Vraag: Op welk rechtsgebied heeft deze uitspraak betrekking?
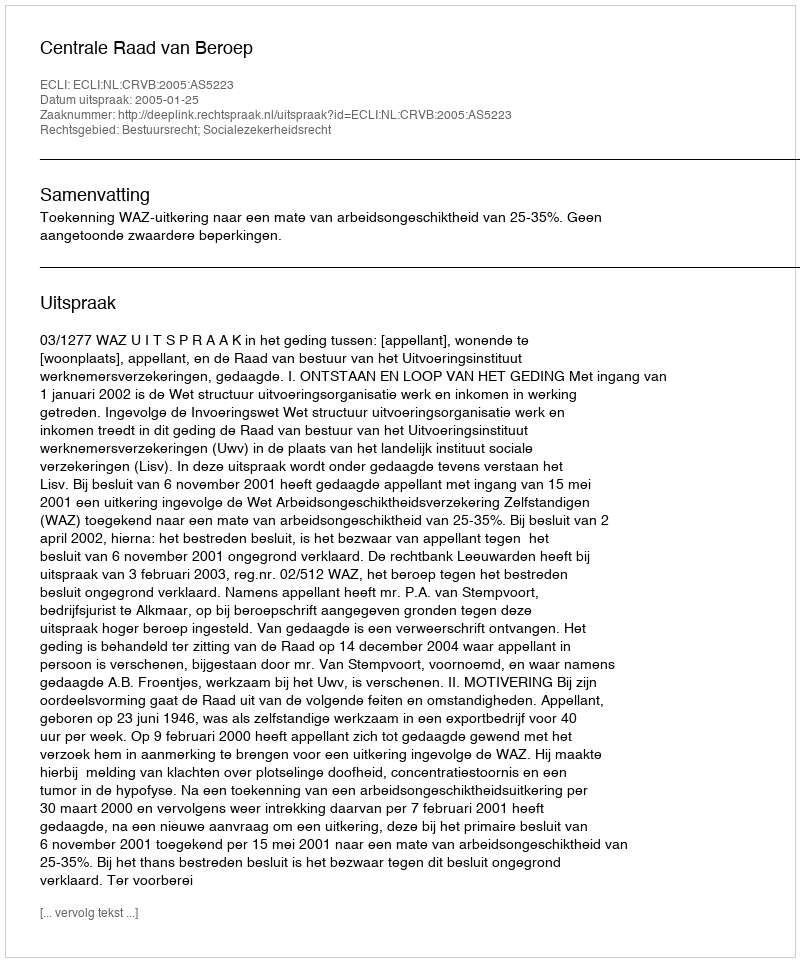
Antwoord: Bestuursrecht; Socialezekerheidsrecht